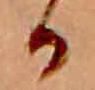
る